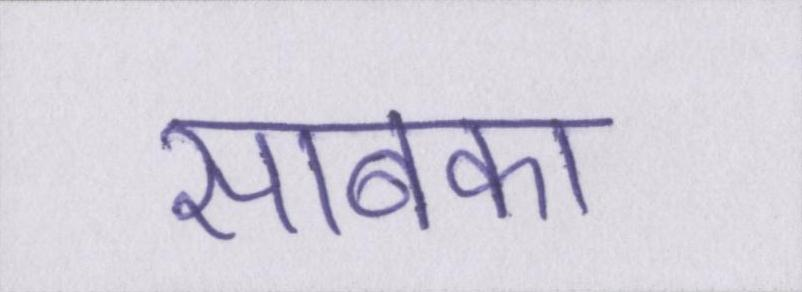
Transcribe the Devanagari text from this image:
साबका